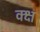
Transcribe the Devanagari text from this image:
क्क्ष